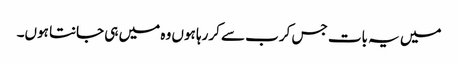
میں یہ بات جس کرب سے کررہا ہوں وہ میں ہی جانتا ہوں۔